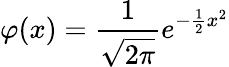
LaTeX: \varphi(x)={\frac{1}{\sqrt{2\pi}}}e^{-{\frac{1}{2}}x^{2}}